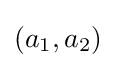
(a_{1},a_{2})